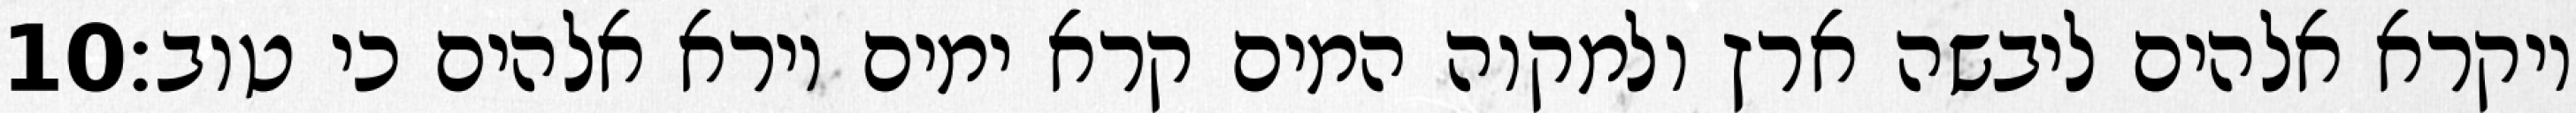
‎10‏ ויקרא אלהים ליבשה ארץ ולמקוה המים קרא ימים וירא אלהים כי טוב׃